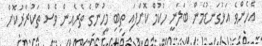
އެހެންވެ އަޅުގަނޑުމެން ބަލަނީ ހުކުމް ކޮށްފައި ތިބި މީހުންގެ ތެރެއިން ވެސް ތަކުރާރުކޮށް